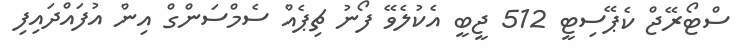
ސްޓޯރޭޖް ކެޕޭސިޓީ 512 ޖީބީ އެކުލެވޭ ފޯނު ޗިޕެއް ސެމްސަންގް އިން އުފައްދައިފި